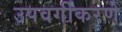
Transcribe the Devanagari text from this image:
उपवर्गीकरणे